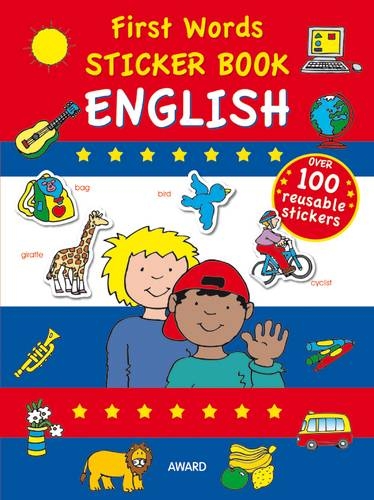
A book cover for First Words: English (First Words Sticker Books) (Award First Words Books); Anna Award; Children's Books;